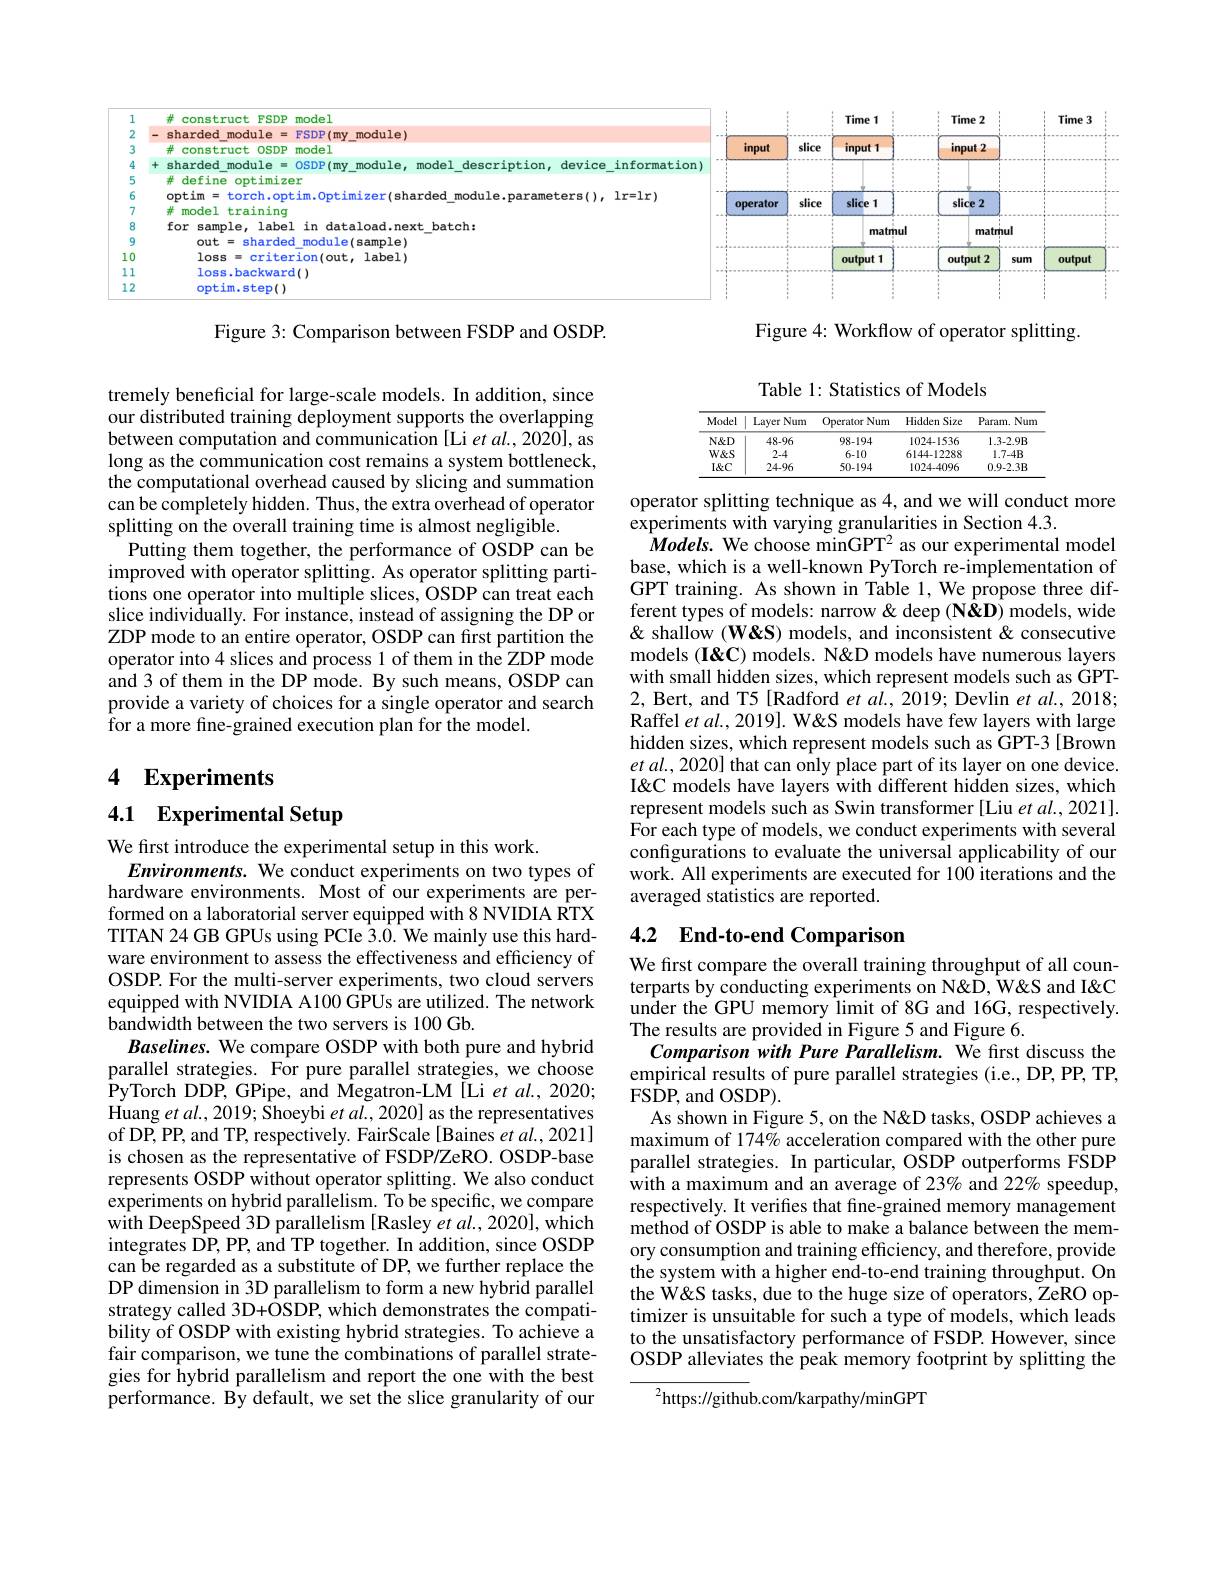
<FigureHere>

Figure 4: Workflow of operator splitting.

Figure 3: Comparison between FSDP and OSDP.

Table 1: Statistics of Models

<table>
	<tbody>
		<tr>
			<th>Model</th>
			<th>Layer Num</th>
			<th>Operator Num</th>
			<th>Hidden Size</th>
			<th>Param. Num</th>
		</tr>
		<tr>
			<td>$N\&D$</td>
			<td>48-96</td>
			<td>98-194</td>
			<td>1024-1536</td>
			<td>$1.3.2.9B$</td>
		</tr>
		<tr>
			<td>$W\&S$</td>
			<td>2-4</td>
			<td>6-10</td>
			<td>6144-12288</td>
			<td>$1.7-4B$</td>
		</tr>
		<tr>
			<td>$I\&C$</td>
			<td>24-96</td>
			<td>50-194</td>
			<td>1024-4096</td>
			<td>$0.9.2.3B$</td>
		</tr>
	</tbody>
</table>

tremely beneficial for large-scale models. In addition, since our distributed training deployment supports the overlapping between computation and communication [Li et al., 2020], as long as the communication cost remains a system bottleneck, the computational overhead caused by slicing and summation can be completely hidden. Thus, the extra overhead of operator splitting on the overall training time is almost negligible.
Putting them together, the performance of OSDP can be improved with operator splitting. As operator splitting partitions one operator into multiple slices, OSDP can treat each slice indivi$\hat\text{dually. For instance, instead of assigning the DP or}$ ZDP mode to an entire operator, OSDP can first partition the operator into 4 slices and process 1 of them in the ZDP mode and 3 of them in the DP mode. By such means, OSDP can provide a variety of choices for a single operator and search ${\mathrm{for~a~more~fine-grained~execution~plan~for~the~model.}}$

operator splitting technique as 4, and we will conduct more
experiments with varying granularities in Section 4.3.
$Models.$ We choose minGPT$^2$ as our experimental model base, which is a well-known PyTorch re-implementation of GPT training. As shown in Table 1, We propose three different types of models: narrow & deep (NQD) models, wide & shallow (W&S) models, and inconsistent & consecutive models (I&C) models. N&D models have numerous layers with small hidden sizes, which represent models such as GPT- 2, Bert, and T5 [Radford et al., 2019; Devlin et al., 2018; Raffel $etal.,2019].$ W&S models have few layers with large hidden sizes, which represent models such as GPT-3 [Brown $et$ $al. , 2020]$ that can only place part of its layer on one device. I&C models have layers with different hidden sizes, which represent models such as Swin transformer [Liu et al., 2021]. For each type of models, we conduct experiments with several configurations to evaluate the universal applicability of our work. All experiments are executed for 100 iterations and the averaged statistics are reported.

## 4 $\textbf{Experiments}$

4.1 Experimental Setup

# 4.2 End-to-end Comparison

We first introduce the experimental setup in this work.
Environments. We conduct experiments on two types of hardware environments. Most of our experiments are performed on a laboratorial server equipped with 8 NVIDIA RTX TITAN 24 GB GPUs using PCIe 3.0. We mainly use this hardware environment to assess the effectiveness and efficiency of OSDP. For the multi-server experiments, two cloud servers equipped with NVIDIA A100 GPUs are utilized. The network bandwidth between the two servers is 100 Gb.
Baselines. We compare OSDP with both pure and hybrid parallel strategies. For pure parallel strategies, we choose PyTorch DDP, GPipe, and Megatron- LM [ Li et al. , 2020; Huang et al. , 2019; $\hat {\text{Shoeybi }et al. , 2020] as the representatives}$ of DP, PP, and TP, respectively. FairScale [Baines et al., 2021] is chosen as the representative of FSDP/ZeRO. OSDP-base represents OSDP without operator splitting. We also conduct experiments on hybrid parallelism. To be specific, we compare with DeepSpeed 3D parallelism [Rasley $et\textit{al. , 2020] , which}$ integrates DP, PP, and TP together. In addition, since OSDP can be regarded as a substitute of DP, we further replace the DP dimension in 3D parallelism to form a new hybrid parallel strategy called 3D+OSDP, which demonstrates the compatibility of OSDP with existing hybrid strategies. To achieve a fair comparison, we tune the combinations of parallel strategies for hybrid parallelism and report the one with the best performance. By default, we set the slice granularity of our

We first compare the overall training throughput of all counterparts by conducting experiments on N&D, W&S and I& under the GPU memory limit of 8G and 16G, respectively. The results are provided in Figure 5 and Figure 6.
Comparison with Pure Parallelism. We first discuss the $\dot{\text{empirical results of pure parallel strategies (i.e., DP, PP, TP,}}$ $\hat{\mathrm{FSDP,~and~OSDP}}).$
As shown in Figure 5, on the N&D tasks, OSDP achieves a maximum of 174% acceleration compared with the other pure parallel strategies. In particular, OSDP outperforms FSDP with a maximum and an average of 23% and 22% speedup, respectively. It verifies that fine-grained memory management method of OSDP is able to make a balance between the memory consumption and training efficiency, and therefore, provide the system with a higher end-to-end training throughput. On the W&S tasks, due to the huge size of operators, ZeRO optimizer is unsuitable for such a type of models, which leads to the unsatisfactory performance of FSDP. However, since OSDP alleviates the peak memory footprint by splitting the

$^{2}$https://github.com/karpathy/minGPT